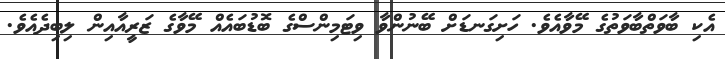
އެކި ބާވަތްބާވަތުގެ މޭވާއެވެ. ހަށިގަނޑަށް ބޭނުންވާ ވިޓަމިންސްގެ ބޮޑުބައެއް މޭވާގެ ޒަރީއާއިން ލިބިދެއެވެ.